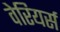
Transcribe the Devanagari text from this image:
वेरियर्स